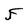
Character: F